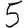
Digit: 5